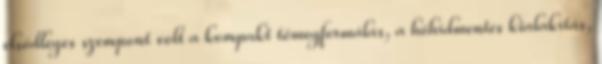
elsődleges szempont volt a kompakt tömegformálás, a hőhídmentes kialakítás,